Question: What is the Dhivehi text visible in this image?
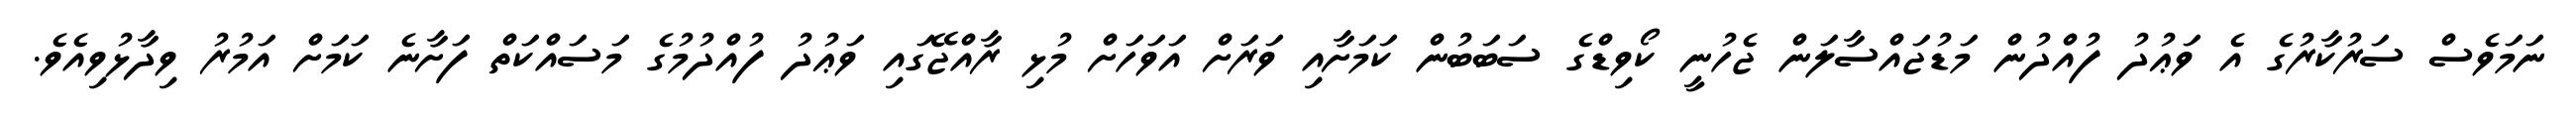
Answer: ނަމަވެސް ސަރުކާރުގެ އެ ވަޢުދު ފުއްދުން މަޑުޖައްސާލަން ޖެހުނީ ކޯވިޑްގެ ސަބަބުން ކަމަށާއި ވަރަށް އަވަހަށް މުޅި ރާއްޖޭގައި ވަޢުދު ފުއްދުމުގެ މަސައްކަތް ފަށާނެ ކަމަށް އަމުރު ވިދާޅުވިއެވެ.